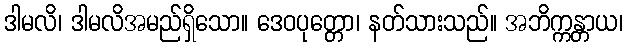
ဒါမလိ၊ ဒါမလိအမည်ရှိသော။ ဒေဝပုတ္တော၊ နတ်သားသည်။ အဘိက္ကန္တာယ၊